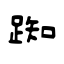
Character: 踟